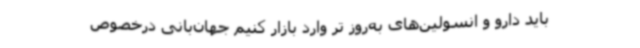
باید دارو و انسولین‌های به‌روز تر وارد بازار کنیم جهان‌بانی درخصوص